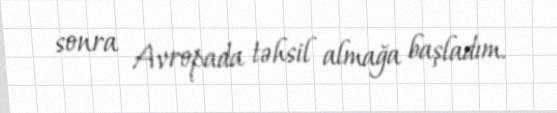
sonra Avropada təhsil almağa başladım.